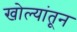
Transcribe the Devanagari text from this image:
खोल्यांतून